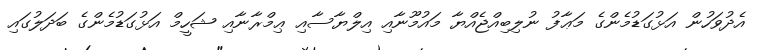
އެދުވަހުން އަޅުގަޑުމެންގެ މަޢާފު ނުލިބިއްޖެއްޔާ މައުމޫނާއި އިލްޔާސާއި ޢިމްރާނާއި ޝަހީމް އަޅުގަޑުމެންގެ ބަދަލުގައި